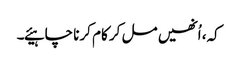
کہ، اُنھیں مل کر کام کرنا چاہیئے۔